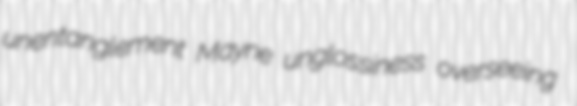
unentanglement Mayne unglossiness overseeing